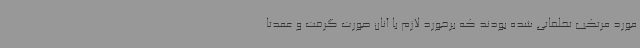
مورد مرتکب تخلفاتی شده بودند که برخورد لازم با آنان صورت گرفت و عمدتا